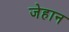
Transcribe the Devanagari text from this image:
जेहान